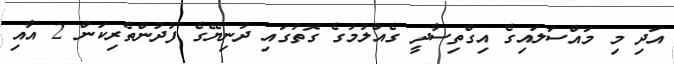
އަދި މި މައްސަލައިގެ އިގްތިސާދީ ގެއްލުމުގެ ގޮތުގައި ދުނިޔޭގެ ފުދުންތެރިކަން 2 އާއި